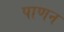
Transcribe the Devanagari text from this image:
पाणन